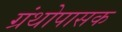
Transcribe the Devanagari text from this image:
ग्रंथोपासक